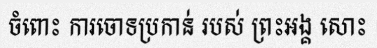
ចំពោះ ការចោទប្រកាន់ របស់ ព្រះអង្គ សោះ